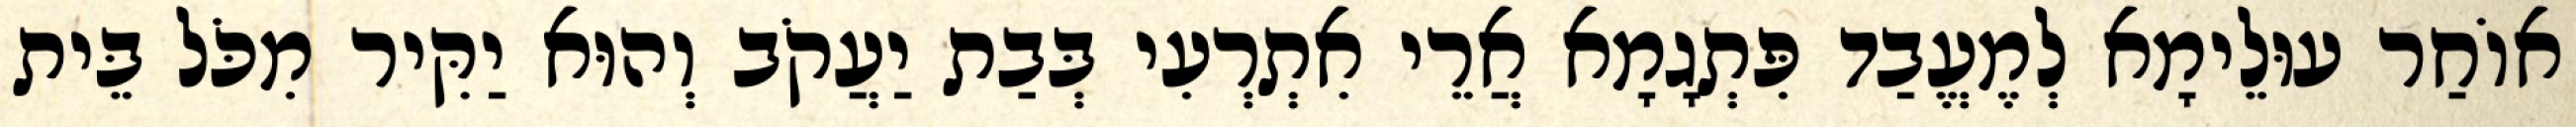
אוֹחַר עוּלֵימָא לְמֶעֱבַד פִּתְגָמָא אֲרֵי אִתְרְעִי בְּבַת יַעֲקֹב וְהוּא יַקִּיר מִכֹּל בֵּית